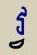
វ្វ